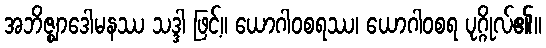
အဘိဇ္ဈာဒေါမနဿ သဒ္ဒါ ဖြင့်။ ယောဂါဝစရဿ၊ ယောဂါဝစရ ပုဂ္ဂိုလ်၏။